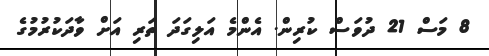
8 މަސް 21 ދުވަސް ކުރިން. އެންމެ އަލިގަދަ ތަރި އަށް ވާދަކުރުމުގެ